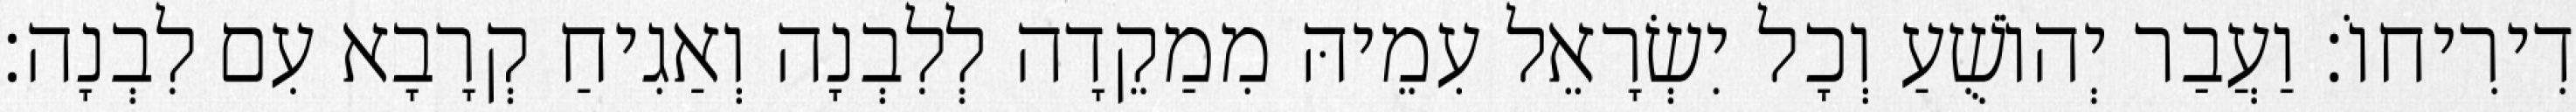
דִירִיחוֹ׃ וַעֲבַר יְהוֹשֻׁעַ וְכָל יִשְׂרָאֵל עִמֵיהּ מִמַקֵדָה לְלִבְנָה וְאַגִיחַ קְרָבָא עִם לִבְנָה׃